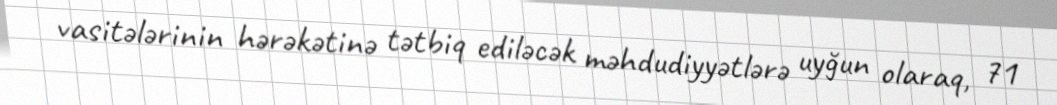
vasitələrinin hərəkətinə tətbiq ediləcək məhdudiyyətlərə uyğun olaraq, 71